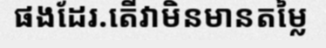
ផងដែរ.តើវាមិនមានតម្លៃ